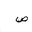
Letter: _sad